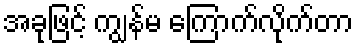
အခုဖြင့် ကျွန်မ ကြောက်လိုက်တာ